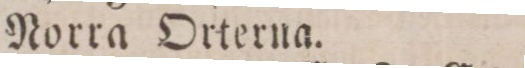
Norra Orterna.